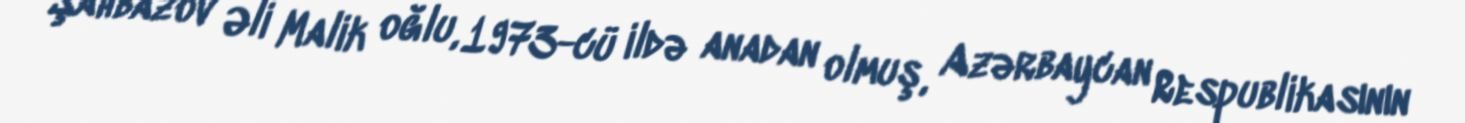
Şahbazov Əli Malik oğlu, 1973-cü ildə anadan olmuş, Azərbaycan Respublikasının